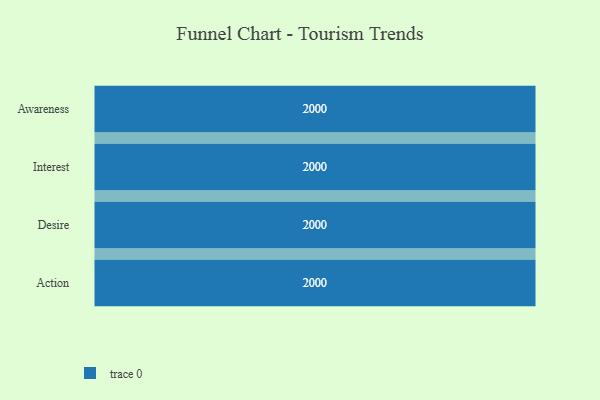
{"axis": {"x": "Stage", "y": "Value"}, "legend": [""], "data": [{"x": "Awareness", "y": 2000, "type": ""}, {"x": "Interest", "y": 2000, "type": ""}, {"x": "Desire", "y": 2000, "type": ""}, {"x": "Action", "y": 2000, "type": ""}]}